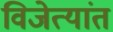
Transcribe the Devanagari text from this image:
विजेत्यांत